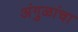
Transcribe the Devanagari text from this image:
अंगुळांचा